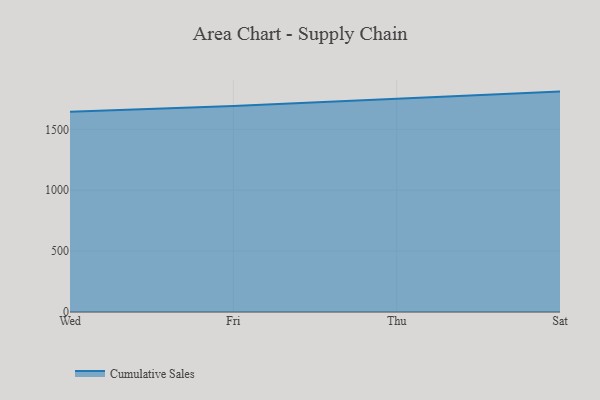
{"axis": {"x": "Day", "y": "Conversion Rate (%)"}, "legend": ["Cumulative Sales"], "data": [{"x": "Wed", "y": 1644.9, "type": "Cumulative Sales"}, {"x": "Fri", "y": 1692.3, "type": "Cumulative Sales"}, {"x": "Thu", "y": 1751.2, "type": "Cumulative Sales"}, {"x": "Sat", "y": 1809.8, "type": "Cumulative Sales"}]}